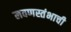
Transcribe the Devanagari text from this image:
लवणस्तंभाची